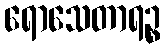
ရောသေတာရဉ္စ